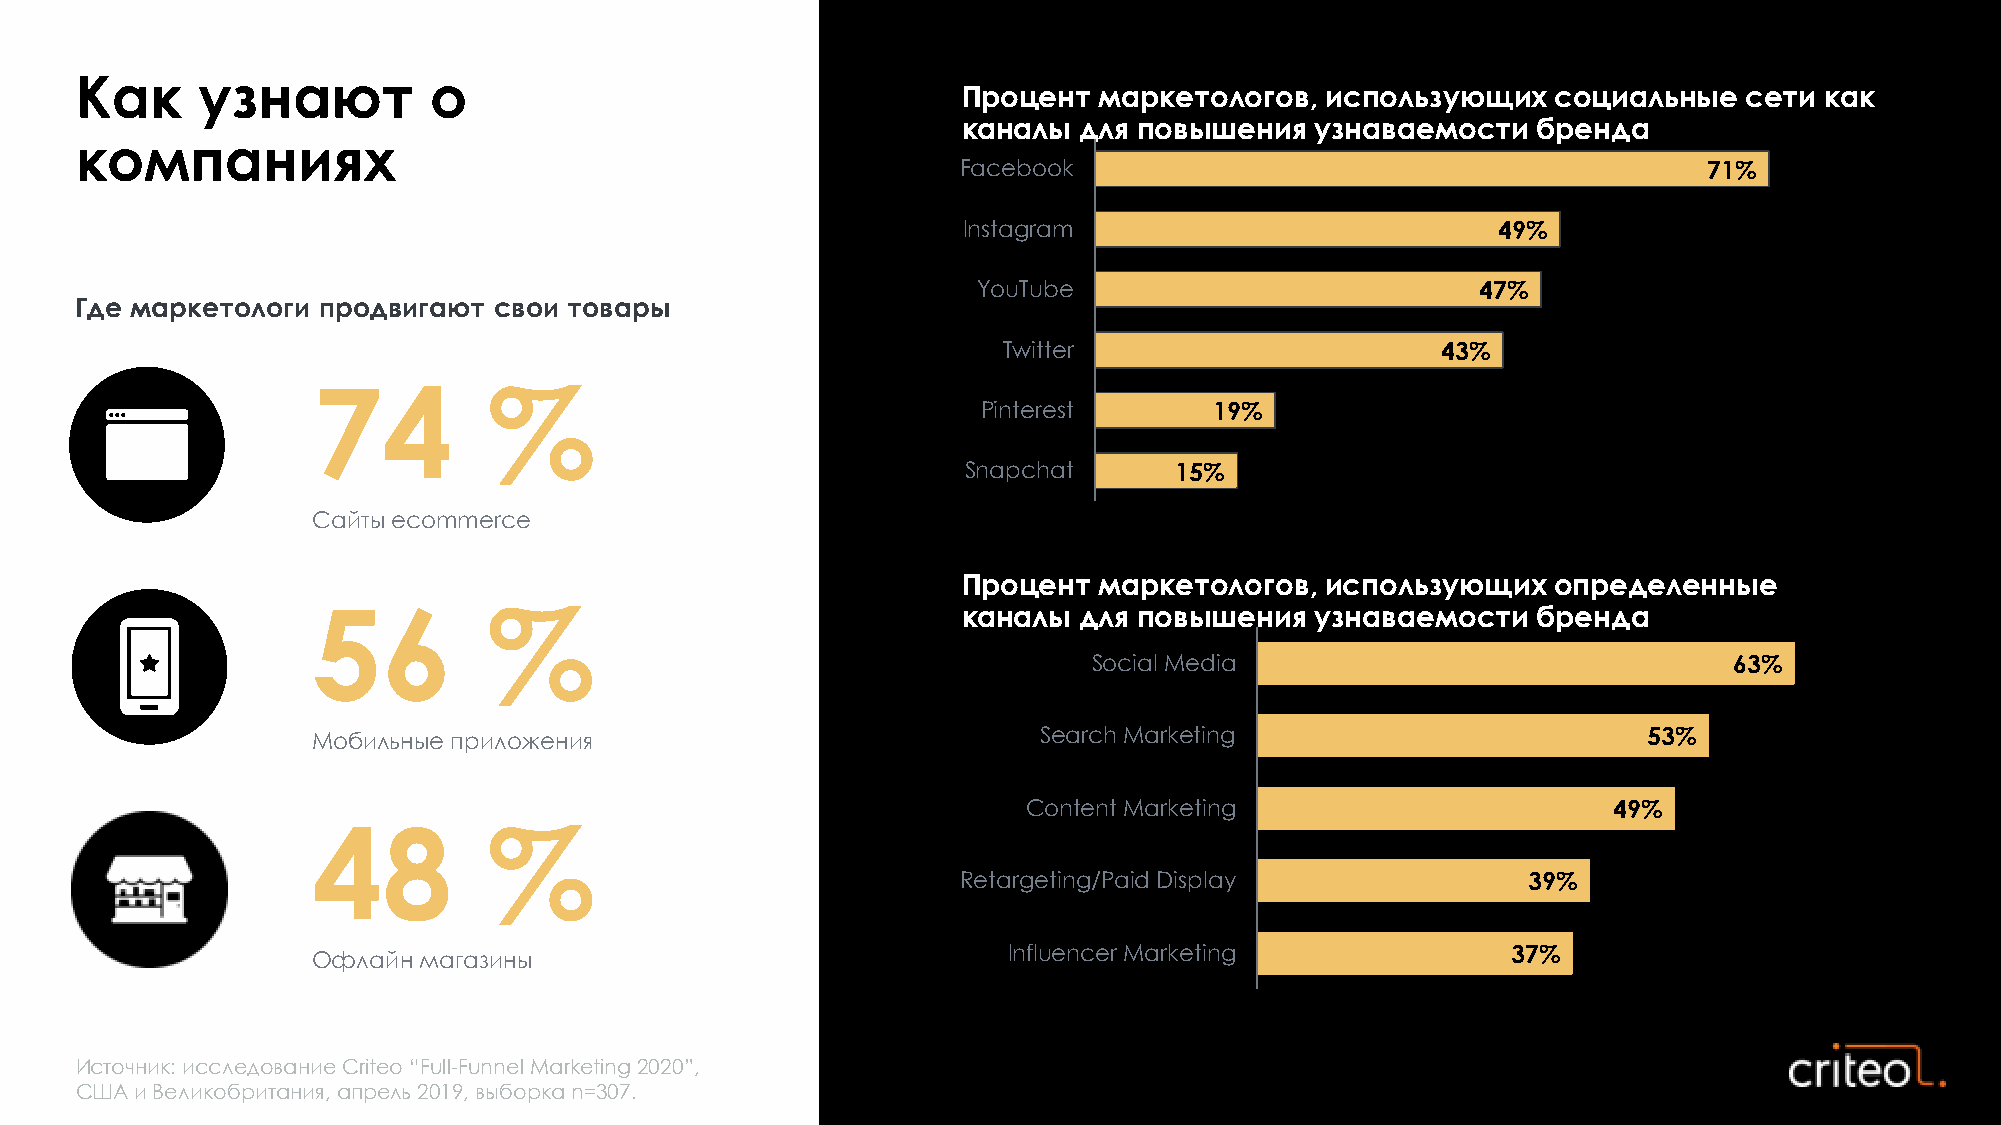
Как     узнают         о
 Процент  маркетологов,  использующих   социальные   сети как
 каналы для повышения   узнаваемости   бренда
 компаниях
 Facebook                                         71%
 Instagram                          49%
 YouTube                          47%
 Где маркетологи продвигают  свои товары
 Twitter                      43%
 74         %
 Pinterest      19%
 Snapchat      15%
 Сайты ecommerce
 56         %                               Процент  маркетологов,  использующих   определенные
 каналы для повышения   узнаваемости   бренда
 Social Media                               63%
 Search Marketing                        53%
 Мобильные приложения
 48         %                                   Content Marketing                      49%
 Retargeting/Paid Display             39%
 Influencer Marketing             37%
 Офлайн магазины
 Источник: исследование Criteo “Full-Funnel Marketing 2020”,
 США и Великобритания, апрель 2019, выборка n=307.